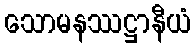
သောမနဿဋ္ဌာနီယံ